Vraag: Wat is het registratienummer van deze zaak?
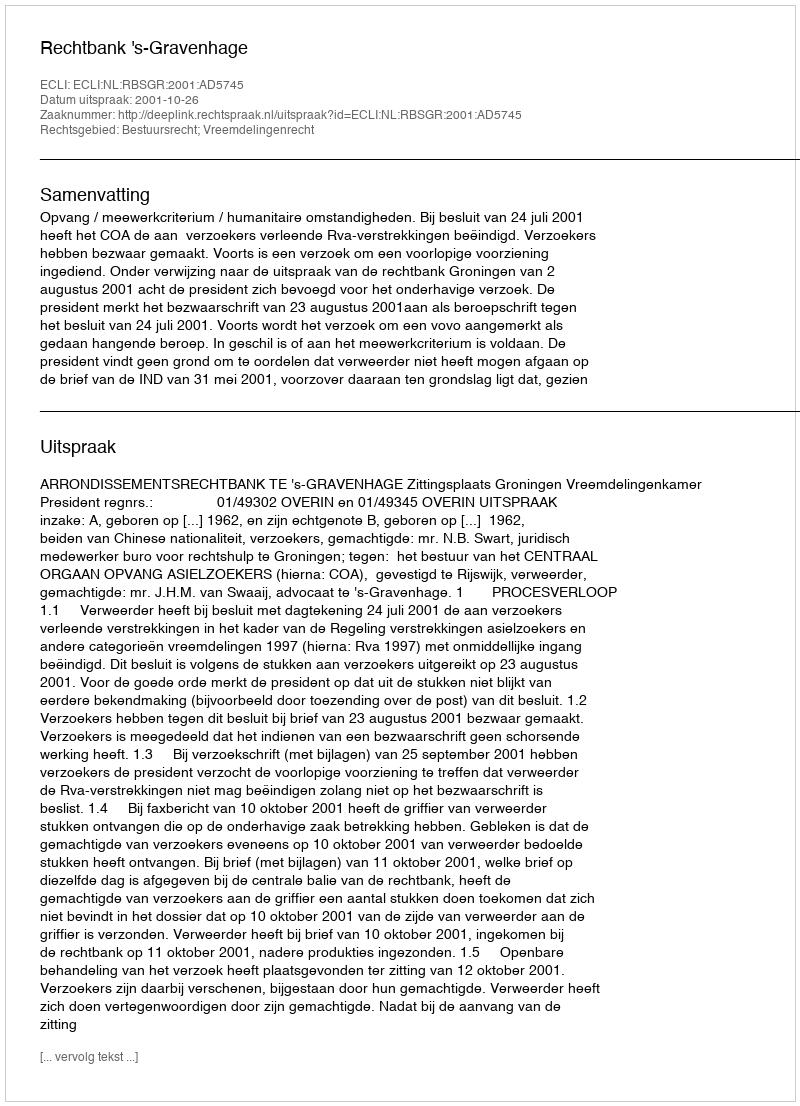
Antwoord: http://deeplink.rechtspraak.nl/uitspraak?id=ECLI:NL:RBSGR:2001:AD5745